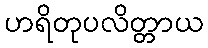
ဟရိတုပလိတ္တာယ